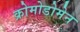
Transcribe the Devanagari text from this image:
क्रोमोडोमेन